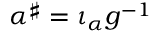
\alpha ^ { \sharp } = \iota _ { \alpha } g ^ { - 1 }